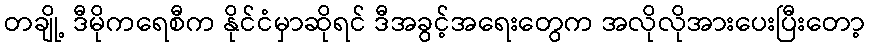
တချို့ ဒီမိုကရေစီက နိုင်ငံမှာဆိုရင် ဒီအခွင့်အရေးတွေက အလိုလိုအားပေးပြီးတော့